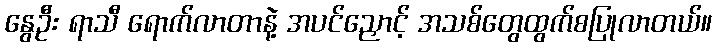
နွေဦး ရာသီ ရောက်လာတာနဲ့ အပင်ညှောင့် အသစ်တွေထွက်စပြုလာတယ်။